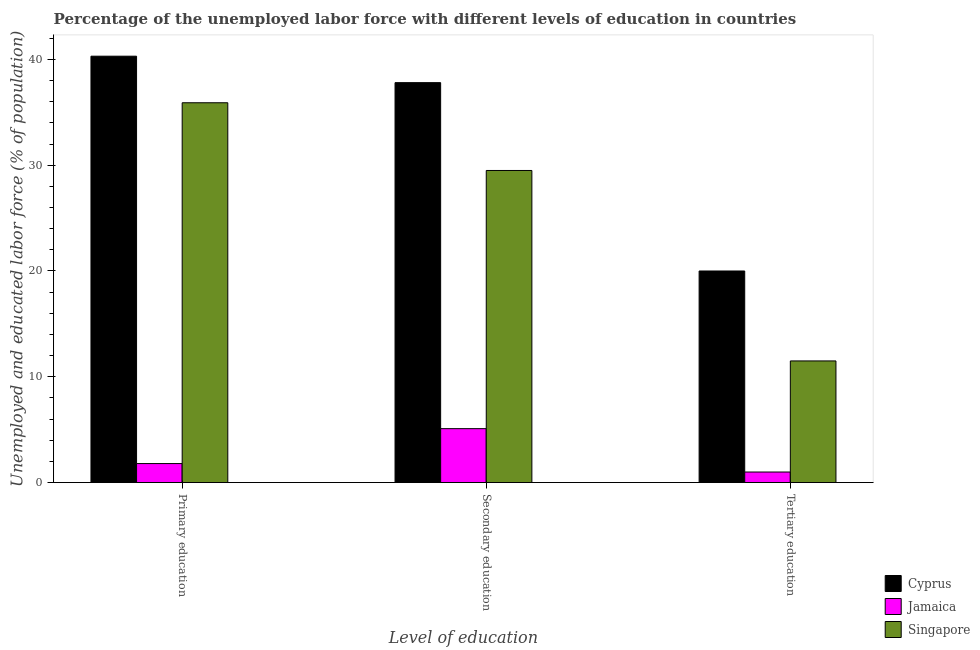
| Level of education | Cyprus | Jamaica | Singapore |
 | --- | --- | --- | --- |
 | Primary education | 40.3 | 1.8 | 35.9 |
 | Secondary education | 37.8 | 5.1 | 29.5 |
 | Tertiary education | 20 | 1 | 11.5 |